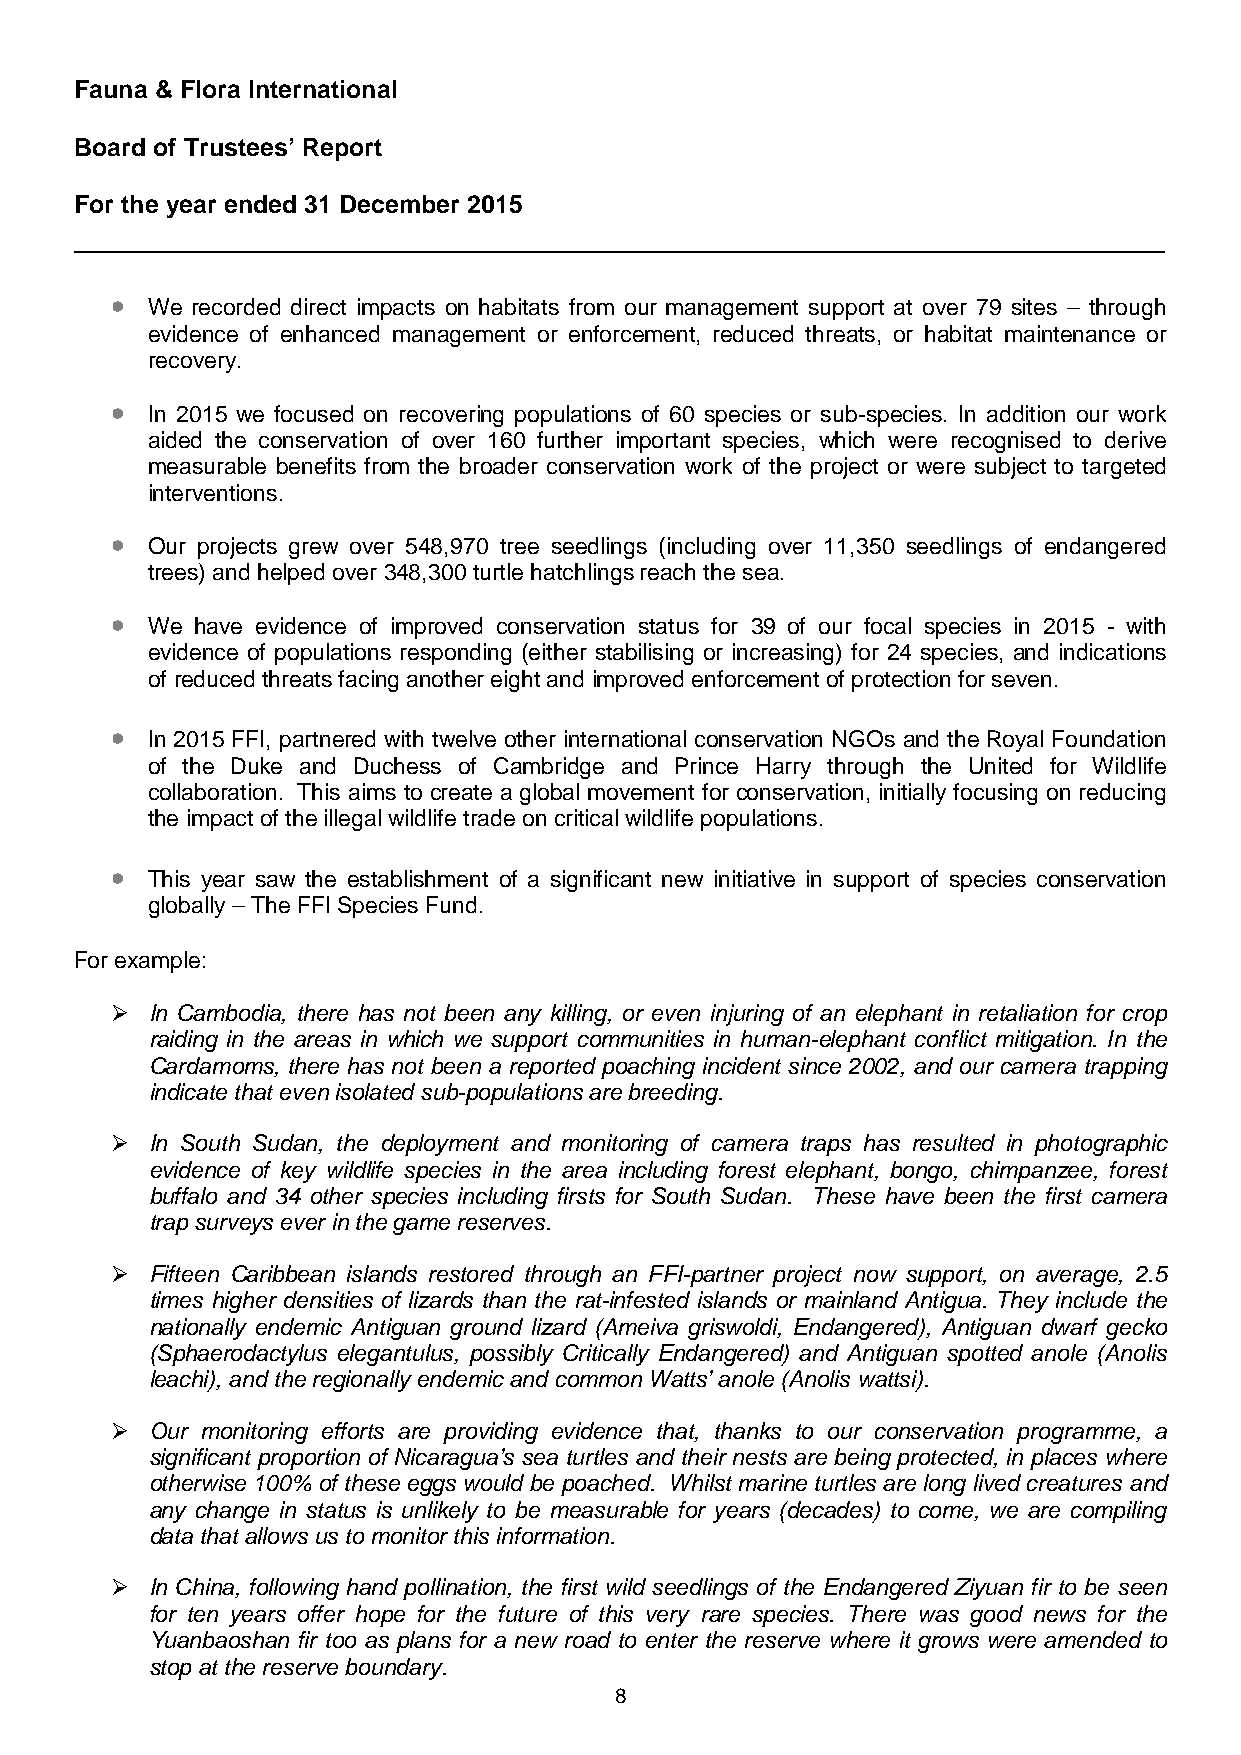
Fauna & Flora International
 Board of Trustees’ Report
 For the year ended 31 December 2015
 •
 We recorded direct impacts on habitats from our management support at over 79 sites – through
 evidence of enhanced management or enforcement, reduced threats, or habitat maintenance or
 recovery.
 •
 In 2015 we focused on recovering populations of 60 species or sub-species. In addition our work
 aided the conservation of over 160 further important species, which were recognised to derive
 measurable benefits from the broader conservation work of the project or were subject to targeted
 interventions.
 •
 Our projects grew over 548,970 tree seedlings (including over 11,350 seedlings of endangered
 trees) and helped over 348,300 turtle hatchlings reach the sea.
 •
 We have evidence of improved conservation status for 39 of our focal species in 2015 - with
 evidence of populations responding (either stabilising or increasing) for 24 species, and indications
 of reduced threats facing another eight and improved enforcement of protection for seven.
 •
 In 2015 FFI, partnered with twelve other international conservation NGOs and the Royal Foundation
 of the Duke and Duchess of Cambridge and Prince Harry through the United for Wildlife
 collaboration. This aims to create a global movement for conservation, initially focusing on reducing
 the impact of the illegal wildlife trade on critical wildlife populations.
 •
 This year saw the establishment of a significant new initiative in support of species conservation
 globally – The FFI Species Fund.
 For example:
   In Cambodia, there has not been any killing, or even injuring of an elephant in retaliation for crop
 raiding in the areas in which we support communities in human-elephant conflict mitigation. In the
 Cardamoms, there has not been a reported poaching incident since 2002, and our camera trapping
 indicate that even isolated sub-populations are breeding.
   In South Sudan, the deployment and monitoring of camera traps has resulted in photographic
 evidence of key wildlife species in the area including forest elephant, bongo, chimpanzee, forest
 buffalo and 34 other species including firsts for South Sudan. These have been the first camera
 trap surveys ever in the game reserves.
   Fifteen Caribbean islands restored through an FFI-partner project now support, on average, 2.5
 times higher densities of lizards than the rat-infested islands or mainland Antigua. They include the
 nationally endemic Antiguan ground lizard (Ameiva griswoldi, Endangered), Antiguan dwarf gecko
 (Sphaerodactylus elegantulus, possibly Critically Endangered) and Antiguan spotted anole (Anolis
 leachi), and the regionally endemic and common Watts’ anole (Anolis wattsi).
   Our monitoring efforts are providing evidence that, thanks to our conservation programme, a
 significant proportion of Nicaragua’s sea turtles and their nests are being protected, in places where
 otherwise 100% of these eggs would be poached. Whilst marine turtles are long lived creatures and
 any change in status is unlikely to be measurable for years (decades) to come, we are compiling
 data that allows us to monitor this information.
   In China, following hand pollination, the first wild seedlings of the Endangered Ziyuan fir to be seen
 for ten years offer hope for the future of this very rare species. There was good news for the
 Yuanbaoshan fir too as plans for a new road to enter the reserve where it grows were amended to
 stop at the reserve boundary.
 8